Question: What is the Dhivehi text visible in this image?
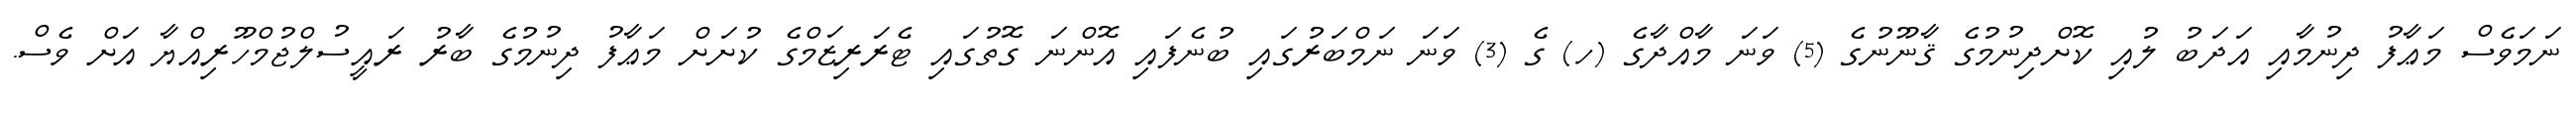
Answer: ނަމަވެސް މަޢާފު ދިނުމާއި އަދަބު ލުއި ކޮށްދިނުމުގެ ޤާނޫނުގެ (5) ވަނަ މާއްދާގެ (ހ) ގެ (3) ވަނަ ނަމްބަރުގައި ބުނެފައި އޮންނަ ގޮތުގައި ޓެރަރިޒަމްގެ ކުށަށް މަޢާފު ދިނުމުގެ ބާރު ރައީސުލްޖުމްހޫރިއްޔާ އަށް ވެސް.